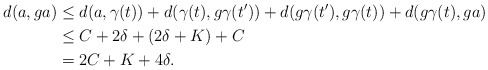
\begin{align*} d(a, ga) &\leq d(a, \gamma (t)) + d(\gamma (t), g \gamma (t')) + d(g\gamma (t'), g \gamma (t)) + d(g \gamma (t), ga) \\ &\leq C + 2 \delta + (2\delta + K) + C\\ &= 2C + K + 4\delta.\end{align*}